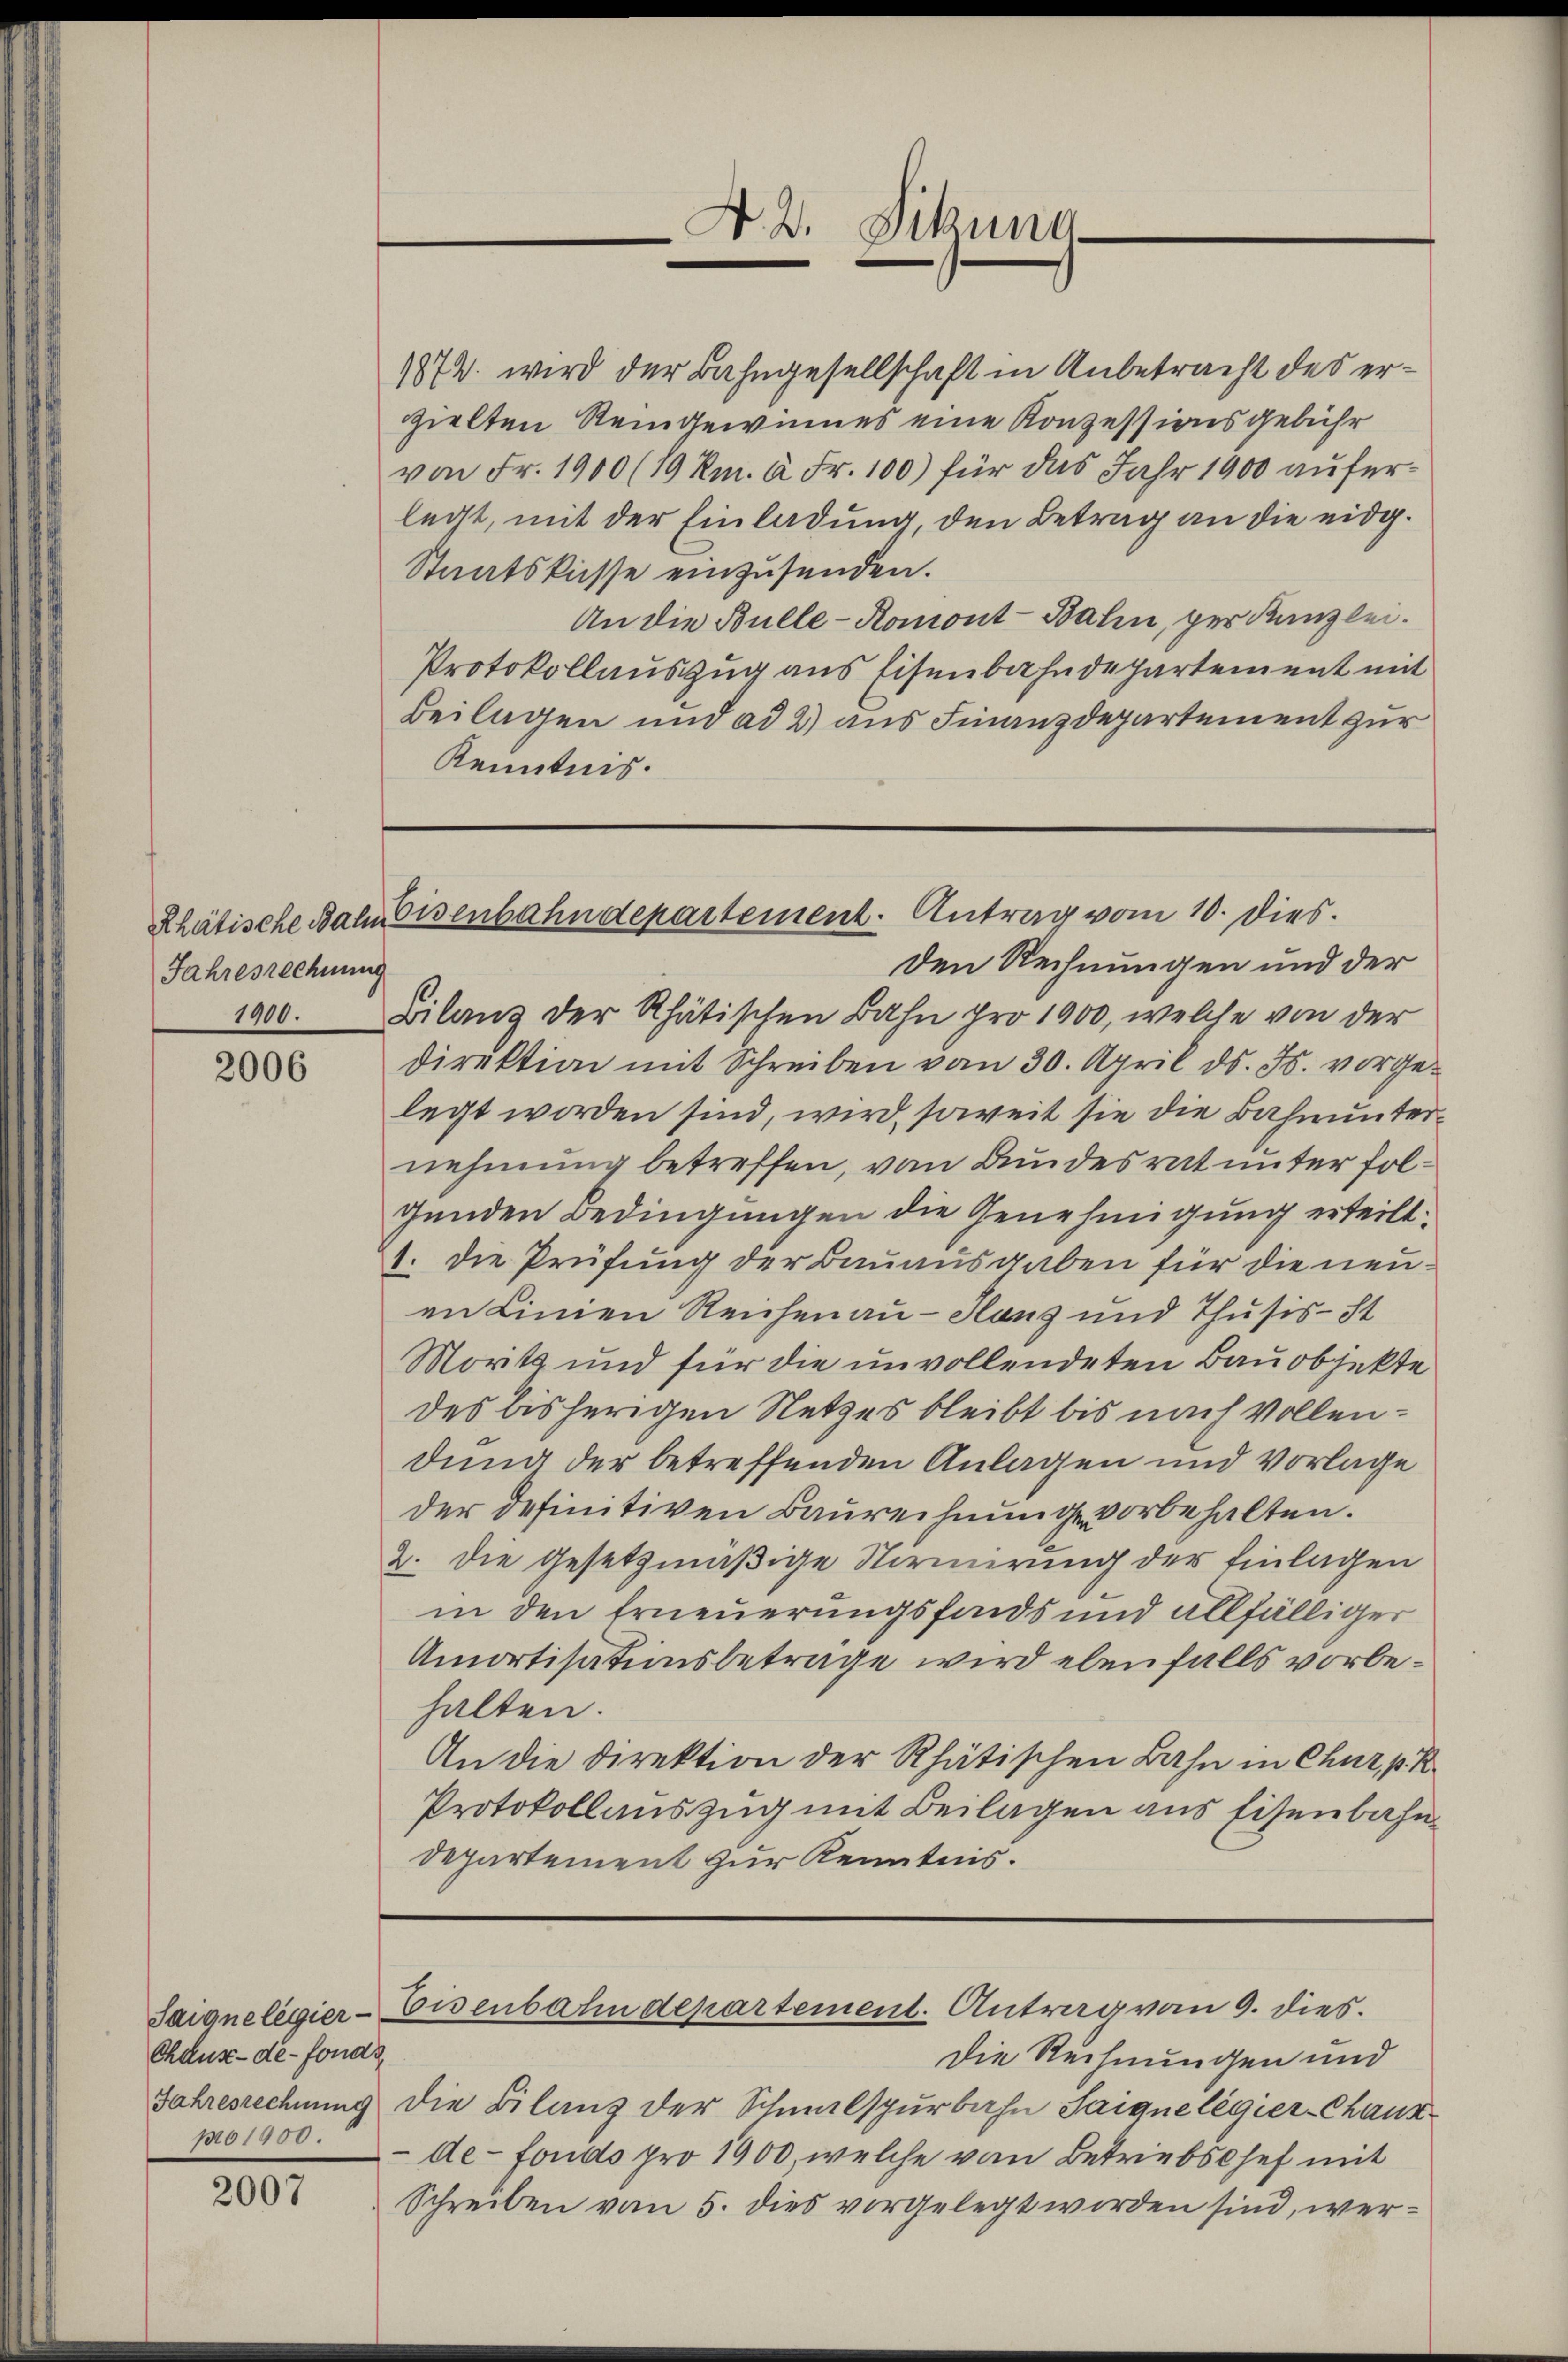
Jahresrechnung

2006

Chelus-de-Fonds
No 1900.

2007

1872 wird der Bahngesellschaft in Anbetracht des erzielten Steingewinnes eine Konzessionsgebühr
von Fr. 1900 (19 Rm. à Fr. 100) für das Jahr 1900 auferlegt, mit der Einladung, den Betrag an die eidg.
Staatskasse einzusenden.
An die Bulle-Romont-Bahn, per Kanzlei.
Protokollauszug aus Eisenbahndepartement mit
Beilagen und ad 2) aus Finanzdepartement zur
Kenntnis.

den Rechnungen und der
1900. Bilanz der Rhätischen Bahn pro 1900, welche von der
direktion mit Schreiben vom 30. April d. Js. vorgelegt worden sind, wird, soweit sie die Bahnunternehmung betreffen, von Bundesrat unter folgenden Bedingungen die Genehmigung erteilt:
1. Die Prüfung der Bauausgaben für die neuan Linien Reichenau - Hans und Thusis-St
Moritz und für die unvollendeten Bauobjekte
des bisherigen Netzes bleibt bis nach Vollendung der betreffenden Anlagen und Vorlage
der definitiven Baurechnung vorbehalten.
2. die gesetzmäßige Normirung der Einlagen
in den Erneuerungsfonds und allfälliger
Amortisationsbetrage wird ebenfalls vorbehalten.
An die Direktion der Rhätischen Bahn in Chur, p. R.
Protokollauszug mit Beilagen aus Eisenbahndepartement zur Kenntnis.

N. B. Pikuna

Rhätische Balm Eisenbahndepartement. Antrag vom 10. dies

Saiqnelegier-Eisenbahndepartement. Antrag von 9. dies.

Die Rechnungen und
Jahresrechnung die Bilanz der Schmalspurbahn Saique legier-Chaux
-de-Fonds pro 1900, welche von Betriebschef mit
Schreiben vom 5. dies vorgelegt worden sind, wer¬